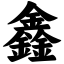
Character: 鑫